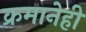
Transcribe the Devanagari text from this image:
क्रमानेही